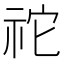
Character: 𥙇